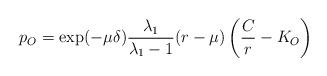
LaTeX: \begin{align*}p_O=\exp(-\mu \delta)\frac{\lambda_1}{\lambda_1-1}(r-\mu)\left(\frac{C}{r}-K_O\right)\end{align*}